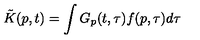
\tilde { K } ( p , t ) = \int G _ { p } ( t , \tau ) f ( p , \tau ) d \tau \: